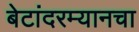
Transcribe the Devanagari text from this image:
बेटांदरम्यानचा